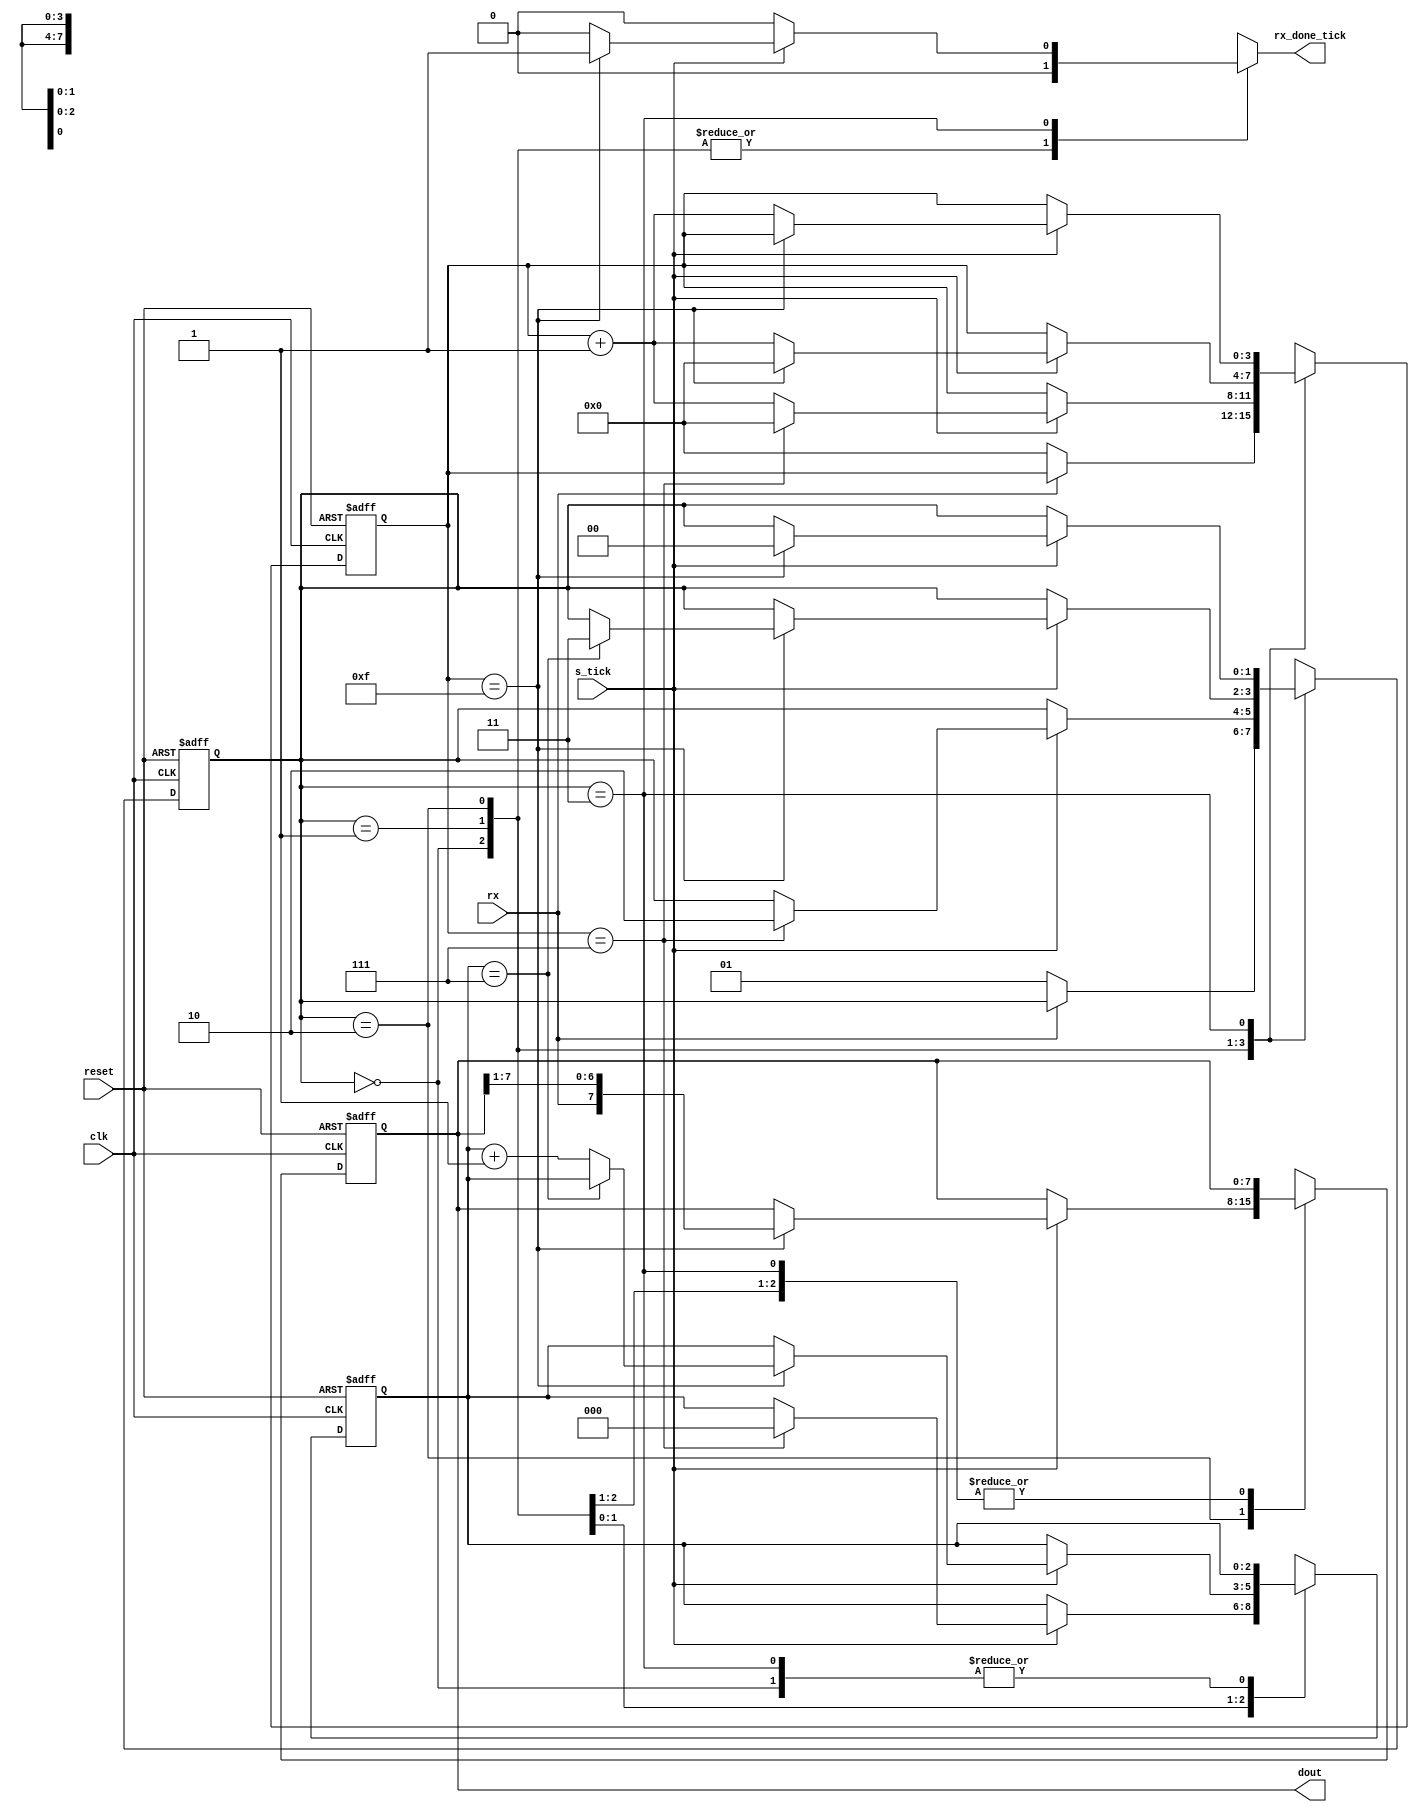
`timescale 1ns / 1ps
//////////////////////////////////////////////////////////////////////////////////
// Company: no one
// 
// Design Name: 
// Module Name: rx_module
// Project Name: 
// Target Devices: 
// Tool Versions: 
// Description: 
// 
// Dependencies: 
// 
// Revision:
// Revision 0.01 - File Created
// Additional Comments:
// 
//////////////////////////////////////////////////////////////////////////////////

module rx_module 
	#(
		parameter DBIT = 8,			// # data bits 
			      SB_TICK = 16		// # ticks for stop bits
    )
	(
	 input wire clk, reset, rx, s_tick,
	 output reg rx_done_tick,
	 output wire [7:0] dout		
	);
	
	// symbolic state declaration
	localparam [1:0]
	idle = 2'b00,
	start = 2'b01,
	data = 2'b10,
	stop = 2'b11;
	
	// signal declaration
	reg [1:0] state_reg , state_next ;
	reg [3:0] s_reg , s_next ;
	reg [2:0] n_reg , n_next ;
	reg [7:0] b_reg , b_next ;
	
	// body
	// FSMD state & data registers
	always @( posedge clk , posedge reset)
	if (reset)
		begin
			state_reg <= idle;
			s_reg <= 0;
			n_reg <= 0;
			b_reg <= 0;
		end
	else
		begin
			state_reg <= state_next ;
			s_reg <= s_next;
			n_reg <= n_next;
			b_reg <= b_next;
		end
	
	// FSMD next-state logic
	always @*
	begin
		rx_done_tick = 1'b0;
		state_next = state_reg ;
		s_next = s_reg;
		n_next = n_reg;
		b_next = b_reg;
		case (state_reg)
			idle :
				if (~rx)
					begin
						state_next = start;
						s_next = 0;
					end
			start :
				if (s_tick)
					if (s_reg==7)
						begin
							state_next = data;
							s_next = 0;
							n_next = 0;
						end
					else
						s_next = s_reg + 1;
			data :
				if (s_tick)
					if (s_reg==15)
						begin
							s_next = 0;
							b_next = {rx , b_reg[7:1]} ;
							if (n_reg==(DBIT-1))
								state_next = stop ;
							else
								n_next = n_reg + 1;
						end
					else
						s_next = s_reg + 1;
			stop:
				if (s_tick)
					if (s_reg==(SB_TICK - 1))
						begin
							state_next = idle;
							rx_done_tick =1'b1;
						end
					else
						s_next = s_reg + 1;

		endcase
	end
	// output
	assign dout = b_reg;
	
endmodule